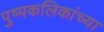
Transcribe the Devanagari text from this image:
पुष्पकलिकांच्या